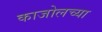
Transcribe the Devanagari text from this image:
काजोलच्या